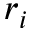
r _ { i }